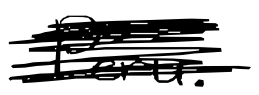
Text: Peru.
Cross-out: scratch
Writing tool: digital_black